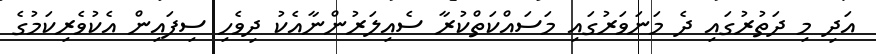
އަދި މި ދަތުރުގައި ދެ މަނަވަރުގައި މަސައްކަތްކުރާ ސެއިލަރުންނާއެކު ދިވެހި ސިފައިން އެކުވެރިކަމުގެ